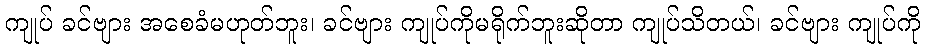
ကျုပ် ခင်ဗျား အစေခံမဟုတ်ဘူး၊ ခင်ဗျား ကျုပ်ကိုမရိုက်ဘူးဆိုတာ ကျုပ်သိတယ်၊ ခင်ဗျား ကျုပ်ကို